Civil Veterinary Dept. Bombay admin report 1900-1906 - 1900-1906
Year: 1900
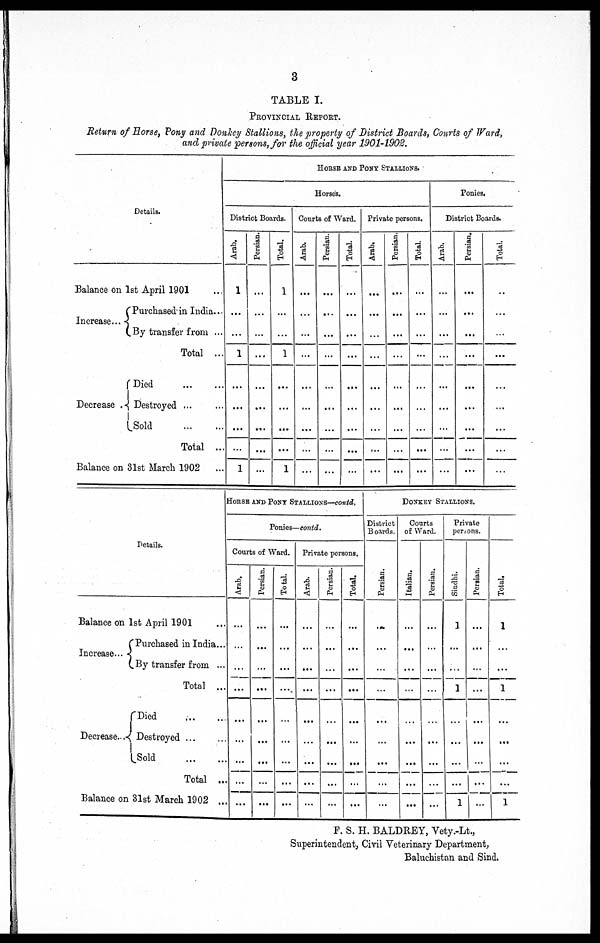
3
TABLE I.
PROVINCIAL REPORT.
Return of Horse, Pony and Donkey Stallions, the property of District Boards, Courts of Ward,
and private persons, for the official year 1901-1902.
Details.
Balance on 1st April 1901 ...
Increase...
Purchased- in India...
By transfer from ...
Total ...
Decrease
Died ... ... ...
Destroyed ... ...
Sold
...
...
Total ...
Balance on 31st March 1902
HORSE AND PONY STALLIONS.
Horse's.
District Boards.
Arab.
1
...
1
...
...
...
...
1
Persian.
...
...
...
...
...
...
Total.
1
...
1
...
...
...
...
1
Courts of Ward.
Arab.
...
...
...
...
...
...
...
Persian.
...
...
...
...
...
...
...
Total.
...
...
...
...
...
...
...
Private persons.
Arab.
Persian.
...
...
...
...
...
...
...
Total.
...
...
...
...
...
...
...
Ponies.
District Boards.
Arab.
...
...
...
...
...
...
...
Persian.
...
...
...
...
...
...
...
...
Total.
...
...
...
...
...
...
Details.
Balance on 1st April 1901 ...
Increase...
Purchased in India...
By transfer from ...
Total ...
Decrease..
Died ... ...
Destroyed ... ...
Sold
...
...
Total ...
Balance on 31st March 1902 ...
HORSE AND STALLIONS—contd.
Ponies—contd.
Courts of Ward.
Arab.
...
...
...
...
...
...
...
...
...
Persian.
...
...
...
...
...
...
...
...
...
Total.
...
...
...
...
...
...
...
...
...
Private persons.
Arab.
...
...
...
...
...
...
...
...
...
Persian.
...
...
...
...
...
...
...
...
...
Total.
...
...
...
...
...
...
...
...
...
DONKEY STALLIONS.
District
Boards.
Per s i
an.
...
...
...
...
...
...
...
...
...
Courts
of Ward.
I t al i an.
...
...
...
...
...
...
...
...
...
Persian.
...
...
...
...
...
...
...
...
...
Private
persons.
Sindhi.
1
...
...
1
...
...
...
...
1
Per s i
an.
...
...
...
...
...
...
...
...
...
Tot al .
1
...
...
1
...
...
...
...
1
F. S. H. BALDREY, Vety.-Lt.,
Superintendent, Civil Veterinary Department,
Baluchistan and Sind.